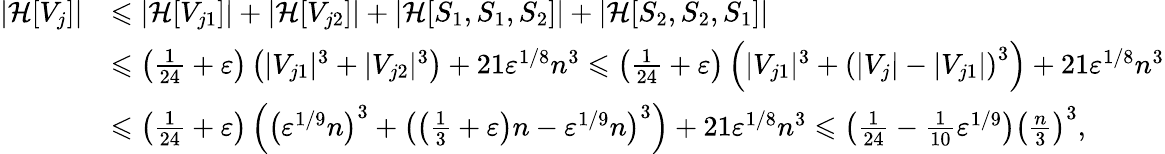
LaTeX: \begin{array}{rl}{|\mathcal{H}[V_{j}]|}&{\leqslant|\mathcal{H}[V_{j1}]|+|\mathcal{H}[V_{j2}]|+|\mathcal{H}[S_{1},S_{1},S_{2}]|+|\mathcal{H}[S_{2},S_{2},S_{1}]|}\\ &{\leqslant\left(\frac{1}{24}+\varepsilon\right)\left(|V_{j1}|^{3}+|V_{j2}|^{3}\right)+21\varepsilon^{1/8}n^{3}\leqslant\left(\frac{1}{24}+\varepsilon\right)\left(|V_{j1}|^{3}+\left(|V_{j}|-|V_{j1}|\right)^{3}\right)+21\varepsilon^{1/8}n^{3}}\\ &{\leqslant\left(\frac{1}{24}+\varepsilon\right)\left(\left(\varepsilon^{1/9}n\right)^{3}+\left(\left(\frac{1}{3}+\varepsilon\right)n-\varepsilon^{1/9}n\right)^{3}\right)+21\varepsilon^{1/8}n^{3}\leqslant\left(\frac{1}{24}-\frac{1}{10}\varepsilon^{1/9}\right)\left(\frac{n}{3}\right)^{3},}\end{array}